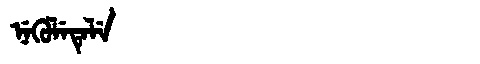
Manchu: ᠨᡝᡴᡠᠯᡝᡨᡝᠯᡝ
Romanization: NEKULETELE